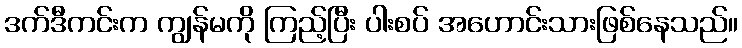
ဒက်ဒီကင်းက ကျွန်မကို ကြည့်ပြီး ပါးစပ် အဟောင်းသားဖြစ်နေသည်။